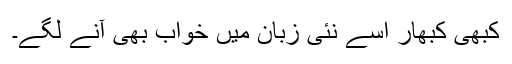
کبھی کبھار اسے نئی زبان میں خواب بھی آنے لگے۔